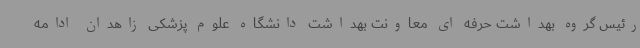
رئیس گروه بهداشت حرفه ای معاونت بهداشت دانشگاه علوم پزشکی زاهدان ادامه